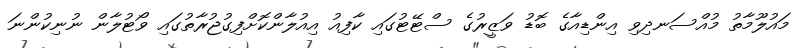
މައުލޫމާތު މުއްސަނދިވި އިންޑިއާގެ ބޮޑު ވަޒީރުގެ ސްޓޭޓުގައި ކާފިއު އިއުލާންކޮށްފިގުޖުރާތުގައި ވޯޓުލާން ނުނިކުންނަ